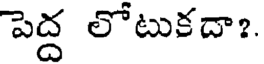
పెద్ద లోటుకదా?.